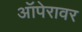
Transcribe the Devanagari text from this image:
ऑपेरावर